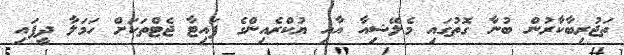
ތަޖުރިބާކާރުން ބުނާ ގޮތުގައި މެލޭޝިއާ އާއި ޔުކްރެއިންގެ ފައިޓާ ޖެޓްތަކަށް ހަމަލާ ދީފައި